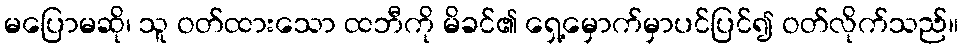
မပြောမဆို၊ သူ ဝတ်ထားသော ထဘီကို မိခင်၏ ရှေ့မှောက်မှာပင်ပြင်၍ ဝတ်လိုက်သည်။